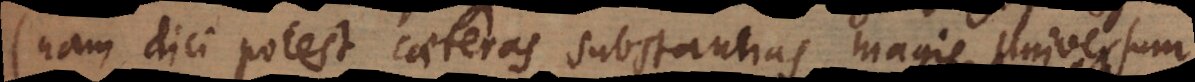
(nam dici potest caeteras substantias magis universum